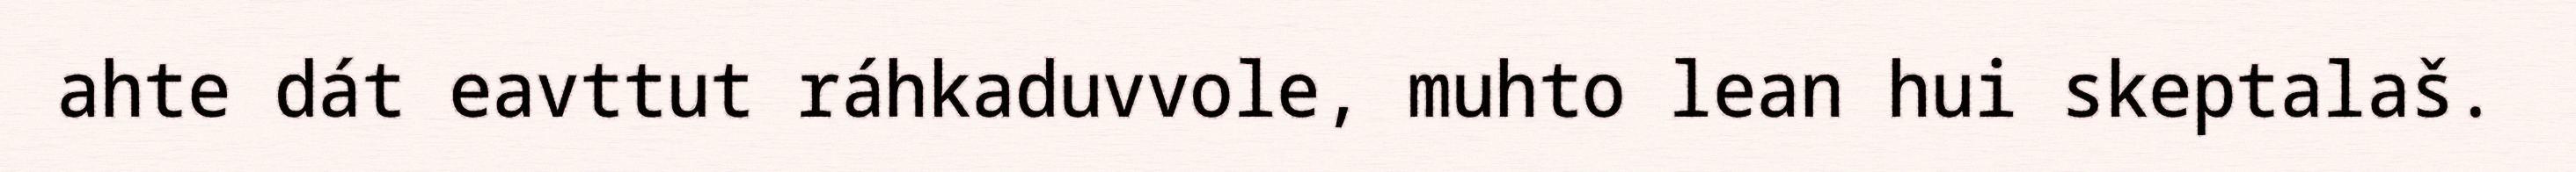
ahte dát eavttut ráhkaduvvole, muhto lean hui skeptalaš.